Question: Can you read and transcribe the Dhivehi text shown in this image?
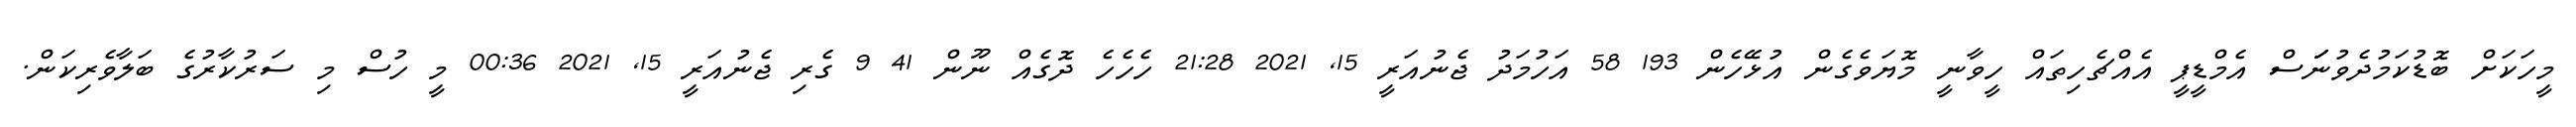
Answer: މީހަކަށް ބޮޑުކަމުދެވުނަަަސް އެމްޑީޕީ އެއްޗެހިތައް ހީވާނީ މޮޔަވެގެން އުޅޭހެން 193 58 އަހުމަދު ޖެނުއަރީ 15, 2021 21:28 ހެހެހެ ދޮގެއް ނޫން 41 9 ގެރި ޖެނުއަރީ 15, 2021 00:36 މީ ހުސް މި ސަރުކާރުގެ ބަލާވެރިކަން.